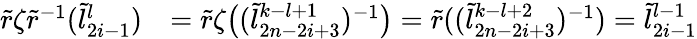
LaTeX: \begin{array}{rl}{\widetilde{r}\zeta\widetilde{r}^{-1}(\widetilde{l}_{2i-1}^{l})}&{=\widetilde{r}\zeta\bigl((\widetilde{l}_{2n-2i+3}^{k-l+1})^{-1}\bigr)=\widetilde{r}((\widetilde{l}_{2n-2i+3}^{k-l+2})^{-1})=\widetilde{l}_{2i-1}^{l-1}}\end{array}